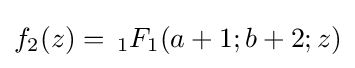
f_{2}(z)=\,_{1}F_{1}(a+1;b+2;z)